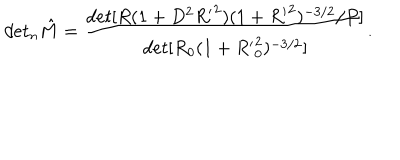
d e t _ { n } { \hat { M } } = \frac { d e t [ R ( 1 + D ^ { 2 } { R ^ { \prime } } ^ { 2 } ) ( 1 + { R ^ { \prime } } ^ { 2 } ) ^ { - 3 / 2 } / P ] } { d e t [ R _ { 0 } ( 1 + { R ^ { \prime } } _ { 0 } ^ { 2 } ) ^ { - 3 / 2 } ] } .